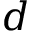
d